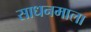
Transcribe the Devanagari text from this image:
साधनमाला